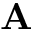
\mathbf { A }